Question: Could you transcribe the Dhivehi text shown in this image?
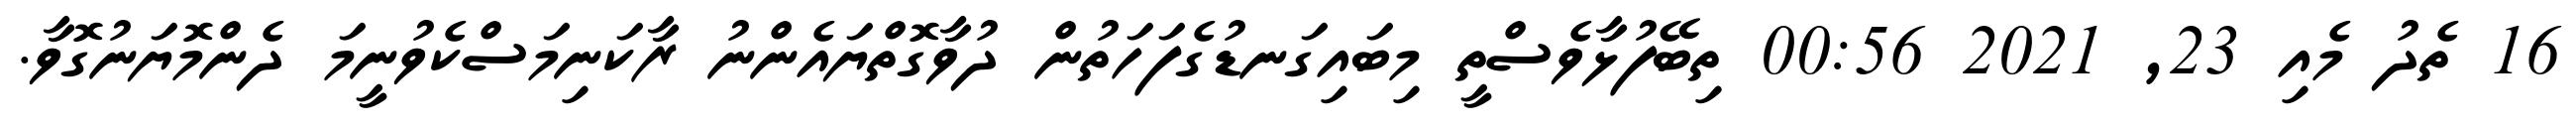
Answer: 16 ތެދު މެއި 23, 2021 00:56 ތިބޭފުޅާވެސްތީ މިބައިގަނޑުގެފަހަތުން ދުވާގޮތްޔައެންނު ރާކަނިމަސްކެވުނީމަ ދެންމޮޔަނުގޮވާ.